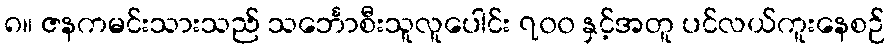
၈။ ဇနကမင်းသားသည် သင်္ဘောစီးသူလူပေါင်း ၇၀၀ နှင့်အတူ ပင်လယ်ကူးနေစဉ်